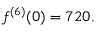
f ^ { ( 6 ) } ( 0 ) = 7 2 0 .